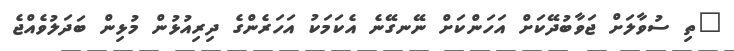
"ތި ސުވާލަށް ޖަވާބުދޭކަށް އަހަންކަށް ނޭނގޭނެ އެކަމަކު އަހަރެންގެ ދިރިއުޅުން މުޅިން ބަދަލުވެއްޖެ